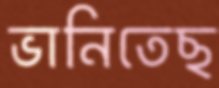
ভানিতেছ